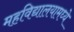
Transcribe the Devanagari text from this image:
महविद्यालयामध्ये